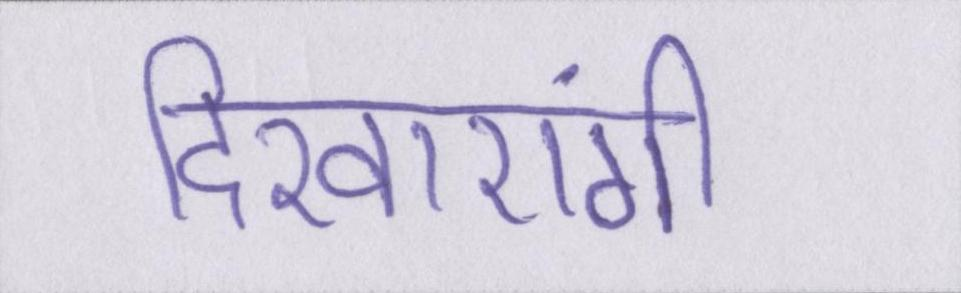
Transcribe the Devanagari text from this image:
दिखाएंगी